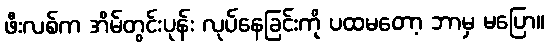
ဖီးလစ်က အိမ်တွင်းပုန်း လုပ်နေခြင်းကို ပထမတော့ ဘာမှ မပြော။